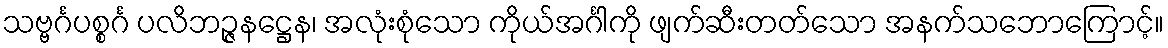
သဗ္ဗင်္ဂပစ္စင်္ဂ ပလိဘဉ္ဇနဋ္ဌေန၊ အလုံးစုံသော ကိုယ်အင်္ဂါကို ဖျက်ဆီးတတ်သော အနက်သဘောကြောင့်။